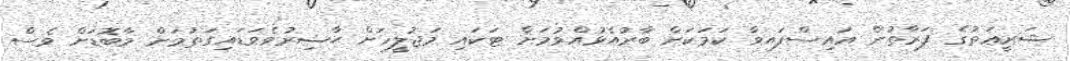
ޝަރީޢަތުގެ ފަރާތުން އައިސްފައވާ ކަމަކަށް ބާރުއެޅުއްވުމަށް ޓަކައި މަޖުލީހަށް ޙާޟިރުވެވަޑައިގަތުމަށް މާބޮޑަށް ވެސް